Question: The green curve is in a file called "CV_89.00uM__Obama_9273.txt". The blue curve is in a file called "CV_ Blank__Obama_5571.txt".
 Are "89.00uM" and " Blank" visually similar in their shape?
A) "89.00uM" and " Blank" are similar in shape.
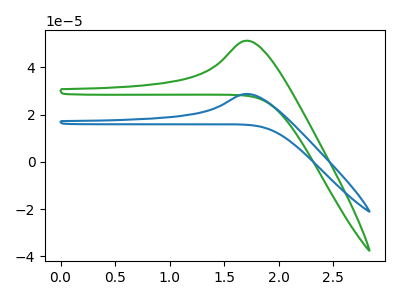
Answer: <think>The green curve "89.00uM" has an anodic peak at: (1.70V, 51.25uA). The blue curve " Blank" has an anodic peak at: (1.70V, 28.75uA).
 All the peaks in "89.00uM" have a peak in " Blank" at the same potential. Every peak in "89.00uM" is higher than every peak in " Blank".</think>
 <answer>A) "89.00uM" and " Blank" are similar in shape.</answer>
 <eval>A</eval>